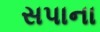
સપાના